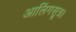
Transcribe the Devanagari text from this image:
आलिंगसूत्र।